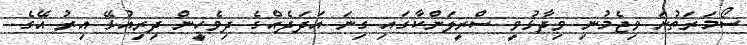
ސޯމަރަތުނަ ވިޖެމުނި ވިދާޅުވީ ސްރީލަންކާގައި ގިނަ އަދަދެއްގެ ދިވެހީން ދިރިއުޅޭ އިރު އޭގެ